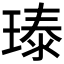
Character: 𪼃